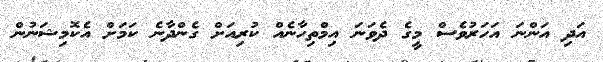
އަދި އަންނަ އަހަރުވެސް މީގެ ދެވަނަ އިމްތިހާނެއް ކުރިއަށް ގެންދާނެ ކަމަށް އެކޮމިޝަނުން